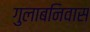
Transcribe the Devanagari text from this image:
गुलाबनिवास